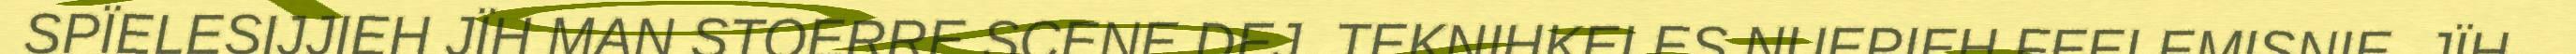
SPÏELESIJJIEH JÏH MAN STOERRE SCENE DEJ, TEKNIHKELES NUEPIEH FEELEMISNIE, JÏH